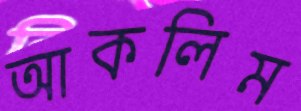
আকলিম